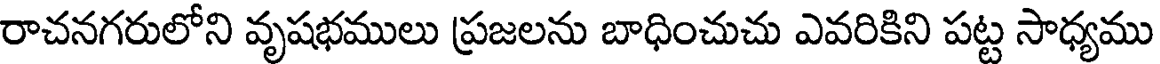
రాచనగరులోని వృషభములు ప్రజలను బాధించుచు ఎవరికిని పట్ట సాధ్యము